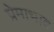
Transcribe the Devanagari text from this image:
प्रेमाभाव